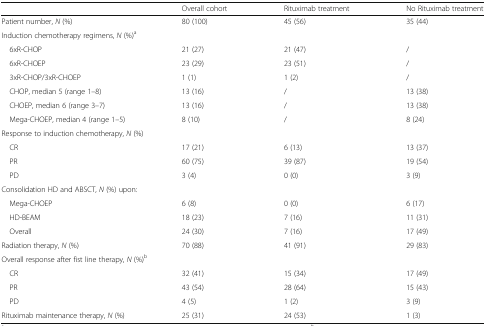
<table><thead><tr><td></td><td><b>Overall cohort</b></td><td><b>Rituximab treatment</b></td><td><b>No Rituximab treatment</b></td></tr></thead><tbody><tr><td>Patient number, <i>N</i> (%)</td><td>80 (100)</td><td>45 (56)</td><td>35 (44)</td></tr><tr><td colspan="4">Induction chemotherapy regimens, <i>N</i> (%)<sup>a</sup></td></tr><tr><td> 6xR-CHOP</td><td>21 (27)</td><td>21 (47)</td><td>/</td></tr><tr><td> 6xR-CHOEP</td><td>23 (29)</td><td>23 (51)</td><td>/</td></tr><tr><td> 3xR-CHOP/3xR-CHOEP</td><td>1 (1)</td><td>1 (2)</td><td>/</td></tr><tr><td> CHOP, median 5 (range 1–8)</td><td>13 (16)</td><td>/</td><td>13 (38)</td></tr><tr><td> CHOEP, median 6 (range 3–7)</td><td>13 (16)</td><td>/</td><td>13 (38)</td></tr><tr><td> Mega-CHOEP, median 4 (range 1–5)</td><td>8 (10)</td><td>/</td><td>8 (24)</td></tr><tr><td colspan="4">Response to induction chemotherapy, <i>N</i> (%)</td></tr><tr><td> CR</td><td>17 (21)</td><td>6 (13)</td><td>13 (37)</td></tr><tr><td> PR</td><td>60 (75)</td><td>39 (87)</td><td>19 (54)</td></tr><tr><td> PD</td><td>3 (4)</td><td>0 (0)</td><td>3 (9)</td></tr><tr><td colspan="4">Consolidation HD and ABSCT, <i>N</i> (%) upon:</td></tr><tr><td> Mega-CHOEP</td><td>6 (8)</td><td>0 (0)</td><td>6 (17)</td></tr><tr><td> HD-BEAM</td><td>18 (23)</td><td>7 (16)</td><td>11 (31)</td></tr><tr><td> Overall</td><td>24 (30)</td><td>7 (16)</td><td>17 (49)</td></tr><tr><td>Radiation therapy, <i>N</i> (%)</td><td>70 (88)</td><td>41 (91)</td><td>29 (83)</td></tr><tr><td colspan="4">Overall response after fist line therapy, <i>N</i> (%)<sup>b</sup></td></tr><tr><td> CR</td><td>32 (41)</td><td>15 (34)</td><td>17 (49)</td></tr><tr><td> PR</td><td>43 (54)</td><td>28 (64)</td><td>15 (43)</td></tr><tr><td> PD</td><td>4 (5)</td><td>1 (2)</td><td>3 (9)</td></tr><tr><td>Rituximab maintenance therapy, <i>N</i> (%)</td><td>25 (31)</td><td>24 (53)</td><td>1 (3)</td></tr></tbody></table>